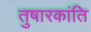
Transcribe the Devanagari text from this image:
तुषारकांति